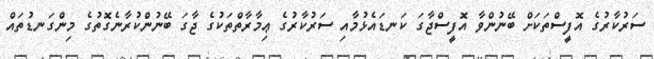
ސަރުކާރުގެ އޮފީސްތަކަށް ބޭނުންވާ އޮފީސްޖާގަ ކަނޑައެޅުމާއި ސަރުކާރުގެ ޢިމާރާތްތަކުގެ ޖާގަ ބޭނުންކުރާނެގޮތުގެ މިންގަނޑުތައް